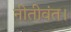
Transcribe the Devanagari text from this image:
नीतीवंत।